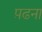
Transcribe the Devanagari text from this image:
प़ढना